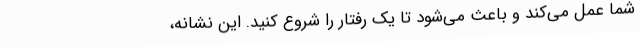
شما عمل می‌کند و باعث می‌شود تا یک رفتار را شروع کنید. این نشانه،